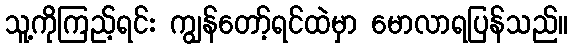
သူ့ကိုကြည့်ရင်း ကျွန်တော့်ရင်ထဲမှာ မောလာရပြန်သည်။